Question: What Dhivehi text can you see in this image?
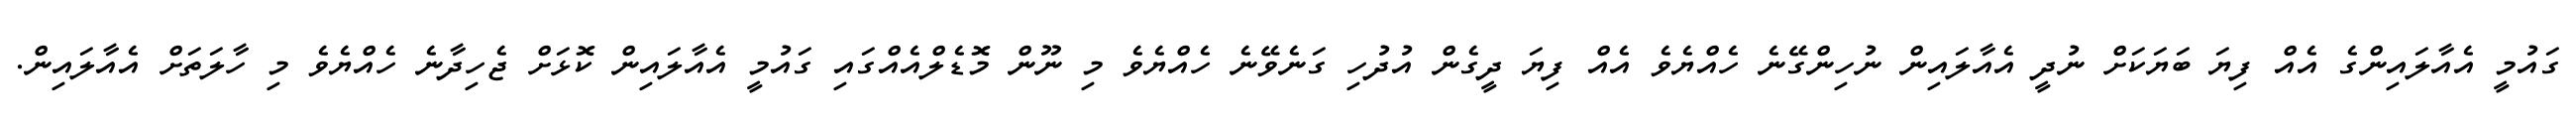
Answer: ގައުމީ އެއާލައިންގެ އެއް ފިޔަ ބަޔަކަށް ނުދީ އެއާލައިން ނުހިންގޭނެ ހެއްޔެވެ އެއް ފިޔަ ދީގެން އުދުހި ގަނެވޭނެ ހެއްޔެވެ މި ނޫން މޮޑެލްއެއްގައި ގައުމީ އެއާލައިން ކޮޅަށް ޖެހިދާނެ ހެއްޔެވެ މި ހާލަތަށް އެއާލައިން.